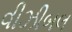
વીઝીબલ